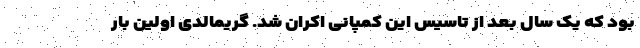
بود که یک سال بعد از تاسیس این کمپانی اکران شد. گریمالدی اولین بار